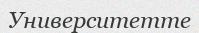
Университетте